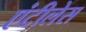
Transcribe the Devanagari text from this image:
एंटीलेस